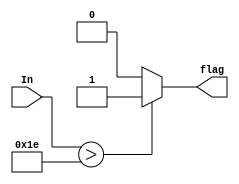
module CMP(In,flag);
input [9:0] In;
output reg flag;

always @(In) begin
	if(In>30)begin
		flag=1;
	end else begin
		flag=0;
	end
end

endmodule